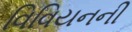
વિવિયનની